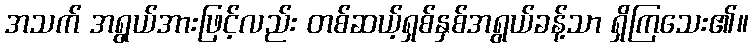
အသက် အရွယ်အားဖြင့်လည်း တစ်ဆယ့်ရှစ်နှစ်အရွယ်ခန့်သာ ရှိကြသေး၏။